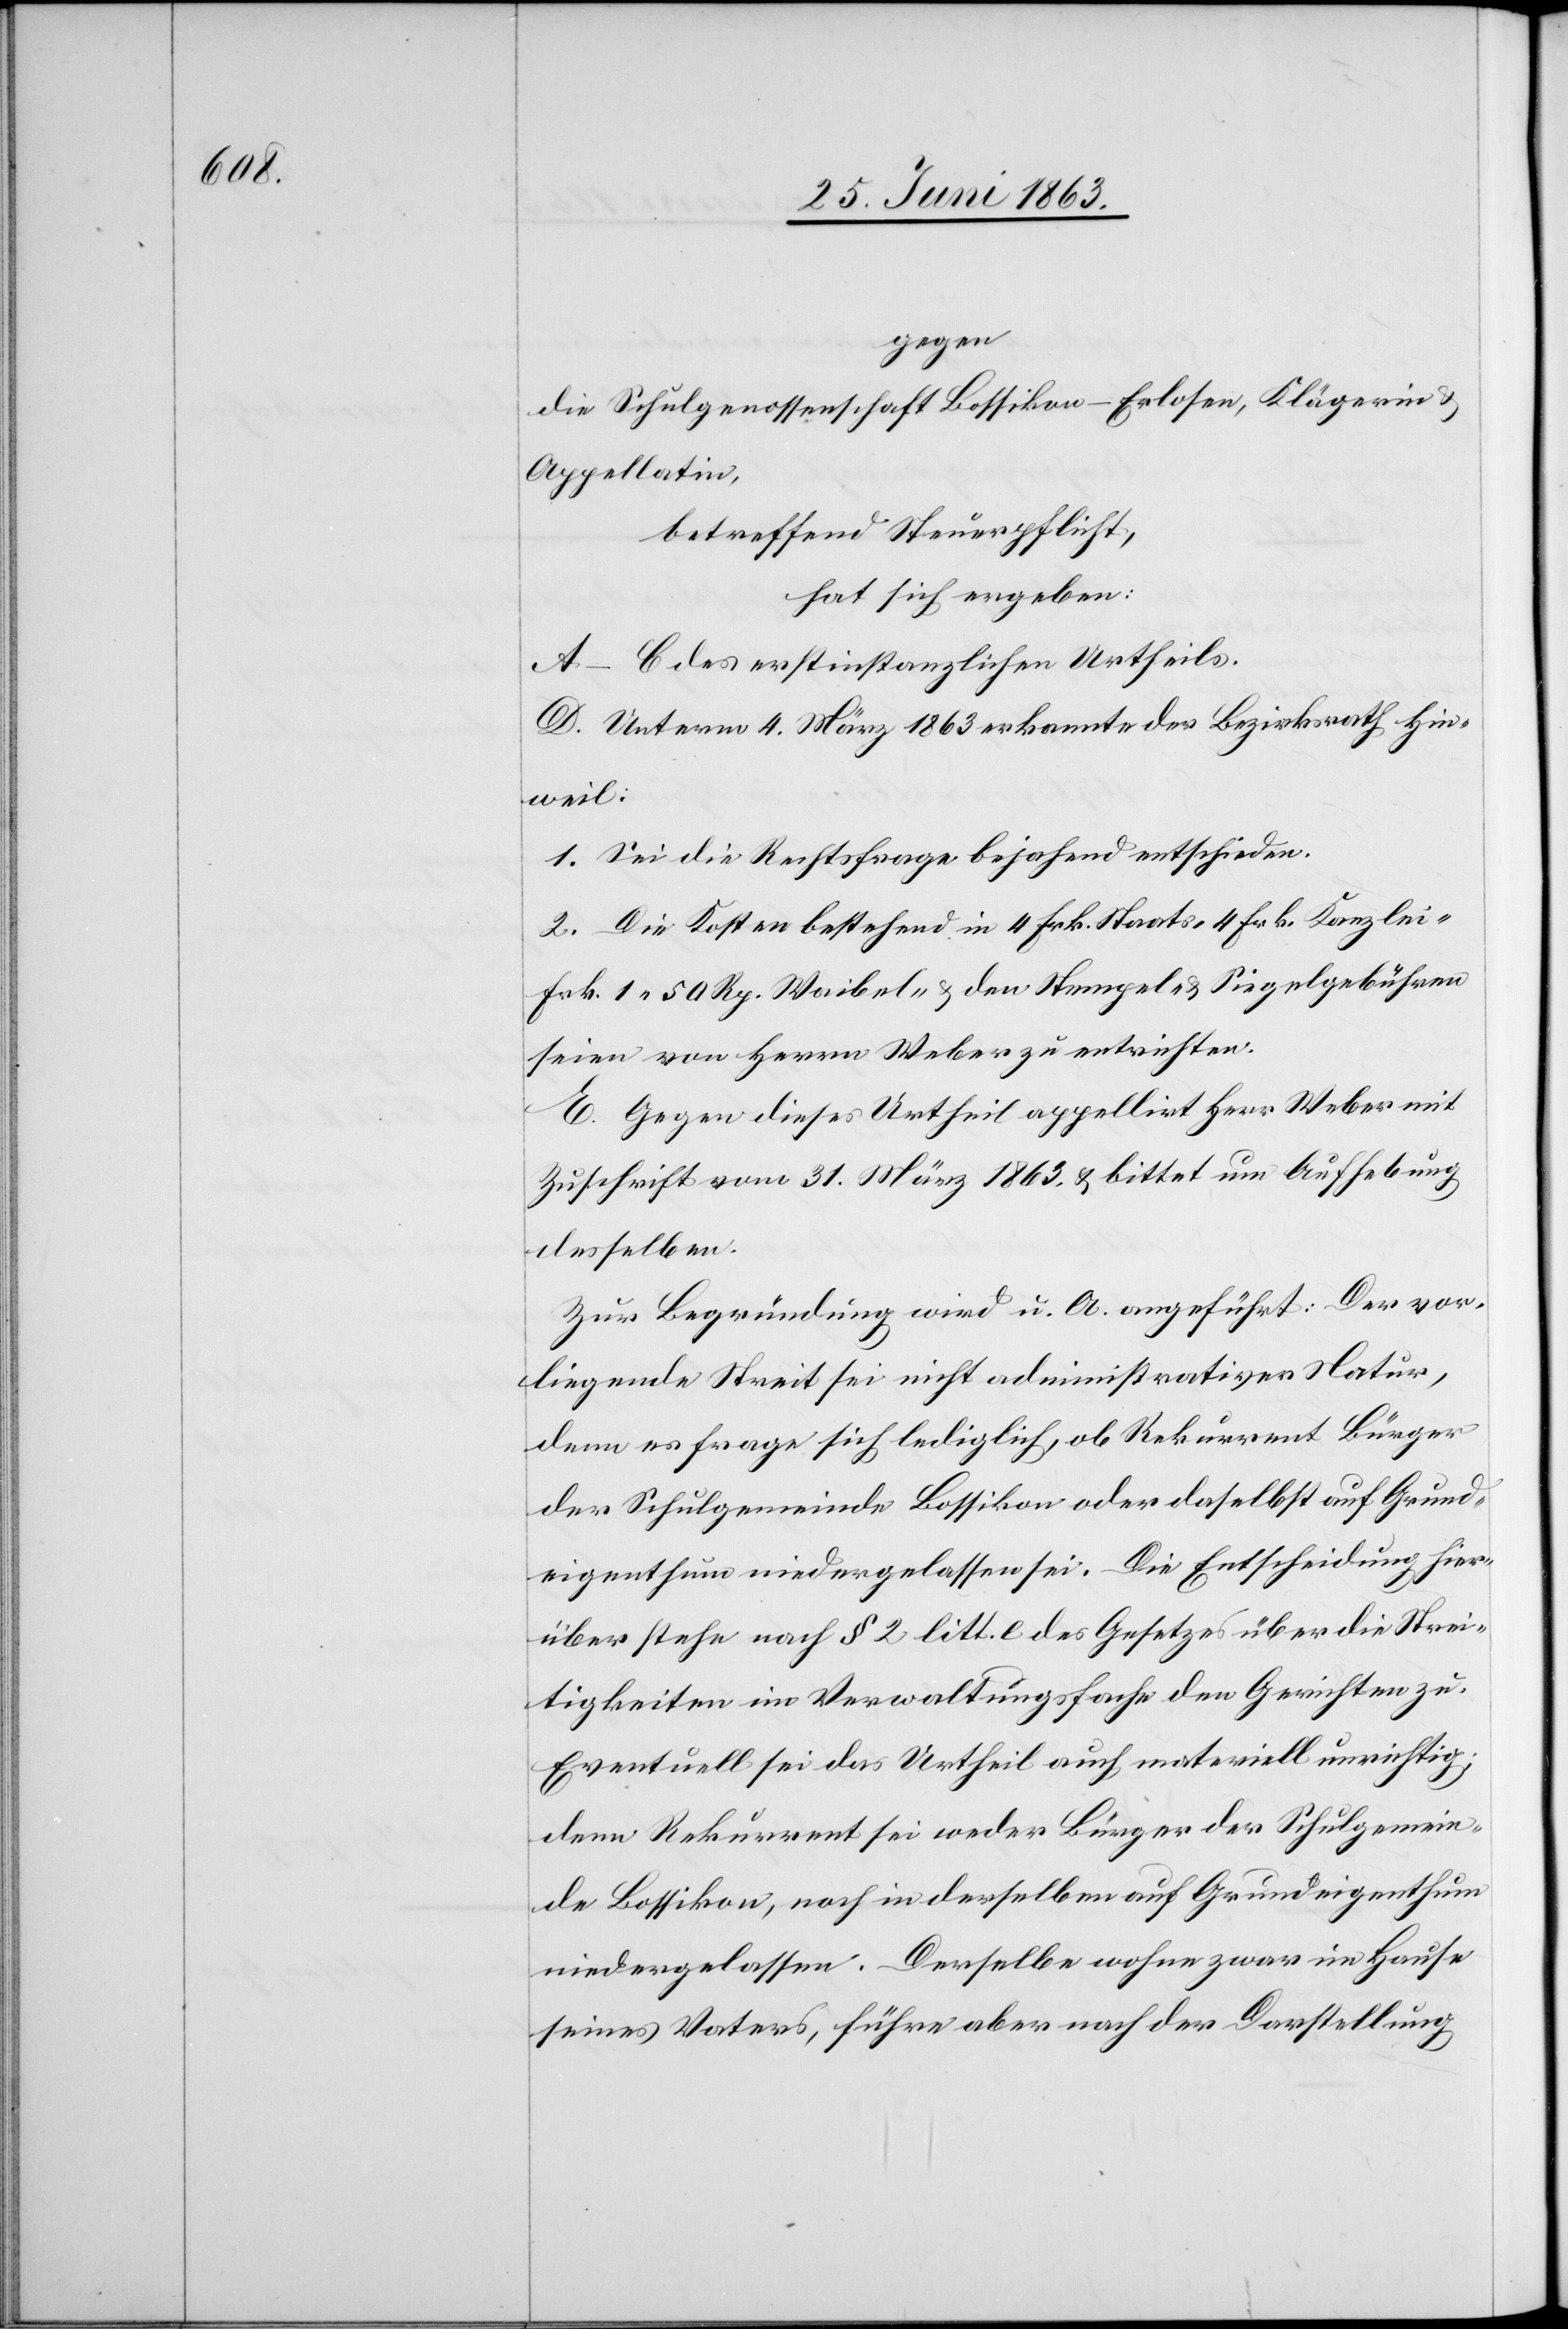
gegen
die Schulgenossenschaft Bossikon-Erlosen, Klägerin &
Appellatin,
betreffend Steuerpflicht,
hat sich ergeben:
A–C des erstinstanzlichen Urtheils.
D. Unterm 4. März 1863 erkannte der Bezirksrath Hin¬
weil:
1. Sei die Rechtsfrage bejahend entschieden.
2. Die Kosten bestehend in 4 Frk. Staats-[,] 4 Frk. Kanzlei-[,]
Frk. 1. 50 Rp. Waibel- & den Stempel- & Siegelgebühren
seien von Herrn Weber zu entrichten.
E. Gegen dieses Urtheil appellirt Herr Weber mit
Zuschrift vom 31. März 1863 & bittet um Aufhebung
desselben.
Zur Begründung wird u. A. angeführt: Der vor¬
liegende Streit sei nicht administrativer Natur,
denn es frage sich lediglich, ob Rekurrent Bürger
der Schulgemeinde Bossikon oder daselbst auf Grund¬
eigenthum niedergelassen sei. Die Entscheidung hier¬
über stehe nach § 2 litt. e des Gesetzes über die Strei¬
tigkeiten im Verwaltungsfache den Gerichten zu.
Eventuell sei das Urtheil auch materiell unrichtig;
denn Rekurrent sei weder Bürger der Schulgemein¬
de Bossikon, noch in derselben auf Grundeigenthum
niedergelassen. Derselbe wohne zwar im Hause
seines Vaters, führe aber nach der Darstellung